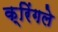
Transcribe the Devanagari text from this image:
क्रिंगले